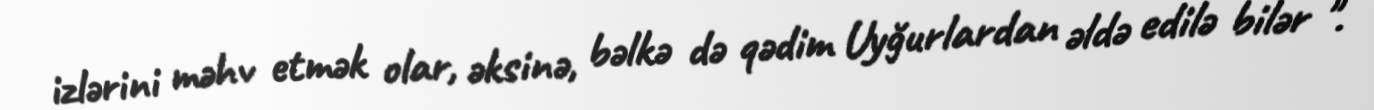
izlərini məhv etmək olar, əksinə, bəlkə də qədim Uyğurlardan əldə edilə bilər ".